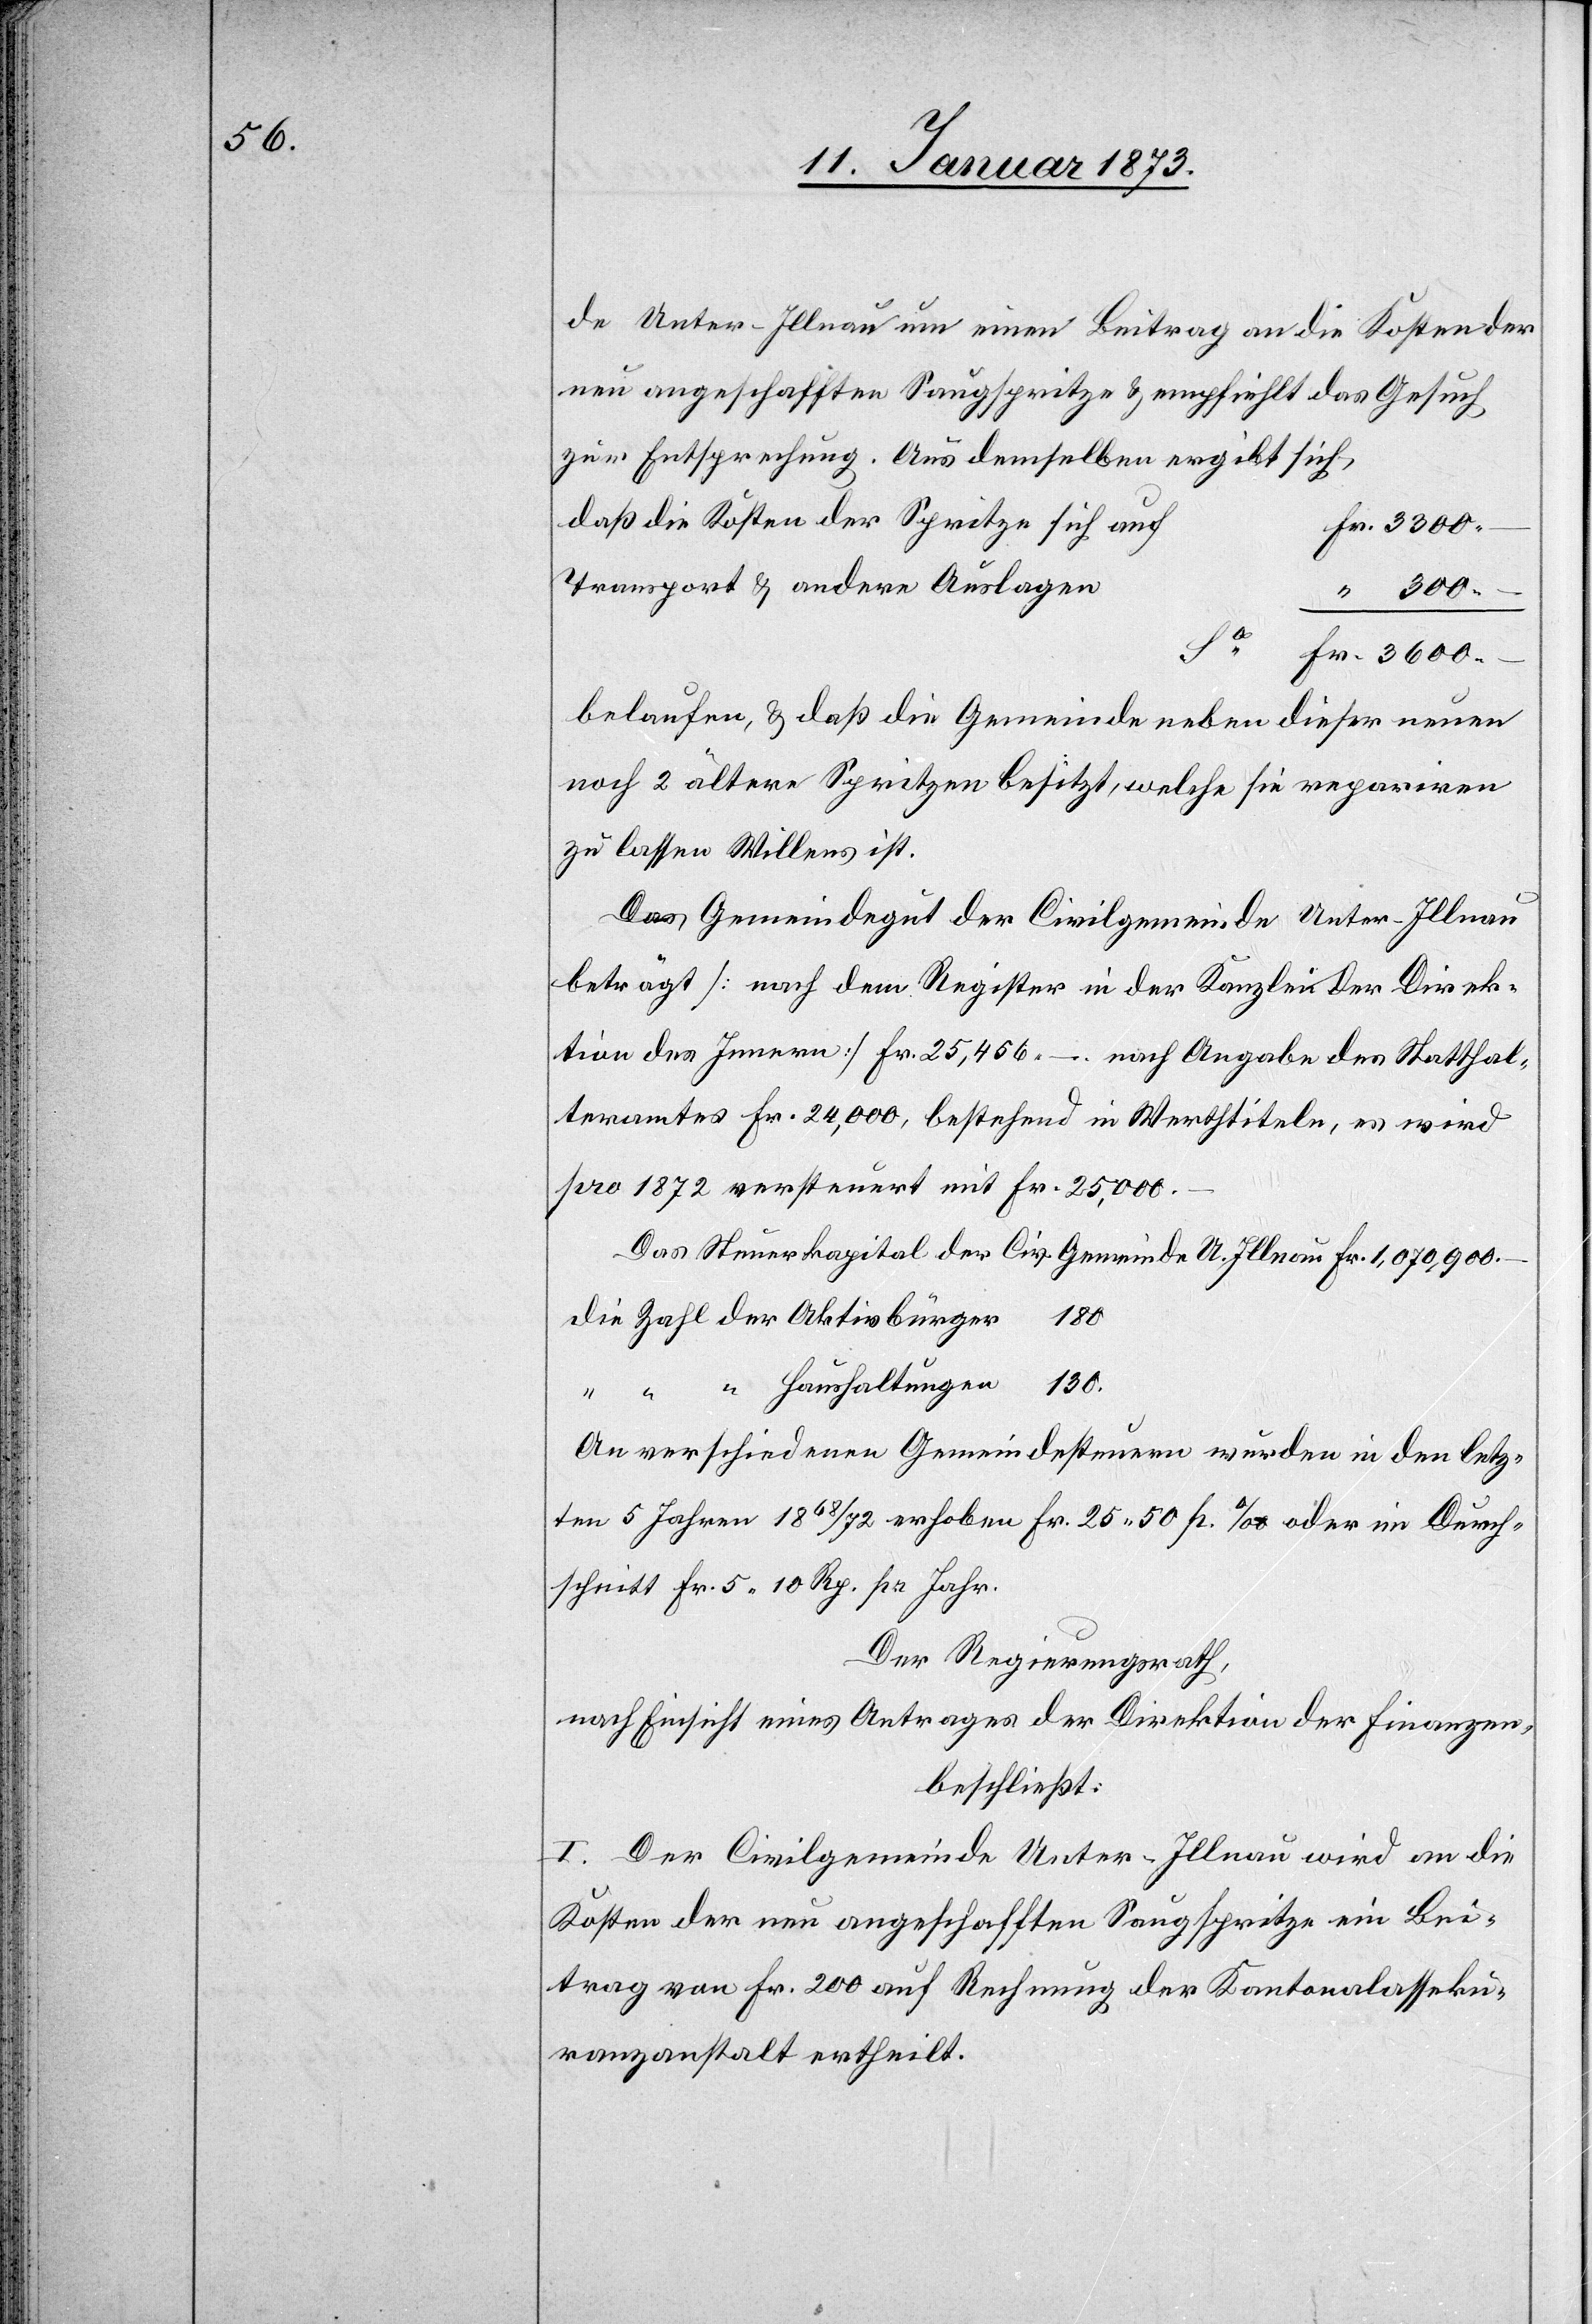
de Unter-Illnau um einen Beitrag an die Kosten der
neu angeschafften Saugspritze & empfiehlt das Gesuch
zur Entsprechung. Aus demselben ergibt sich,
daß die Kosten der Spritze sich
“ 300.–
Ca.
Fr. 3600.–
belaufen, & daß die Gemeinde neben dieser neuen
noch 2 ältere Spritzen besitzt, welche sie repariren
zu lassen Willens ist.
Das Gemeindegut der Civilgemeinde Unter-Illnau
beträgt [nach dem Register in der Kanzlei der Direk¬
tion des Innern] Fr. 25,456.–. nach Angabe des Statthal¬
teramtes Fr. 24,000, bestehend in Werthtiteln, es wird
pro 1872 versteuert mit Fr. 25,000.–.
Das Steuerkapital der Civ. Gemeinde U. Illnau Fr. 1,070,900.–
die Zahl der Aktivbürger	180
“ “ “ Haushaltungen	130.
An verschiedenen Gemeindesteuern wurden in den letz¬
ten 5 Jahren 1868/72 erhoben Fr. 25.50 p ‰ oder im Durch¬
schnitt Fr. 5. 10 Rp. pr. Jahr.
Der Regierungsrath,
nach Einsicht eines Antrages der Direktion der Finanzen,
beschließt:
I. Der Civilgemeinde Unter-Illnau wird an die
Kosten der neu angeschafften Saugspritze ein Bei¬
trag von Fr. 200 auf Rechnung der Kantonalasseku¬
ranzanstalt ertheilt.